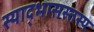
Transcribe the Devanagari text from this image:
स्याद्भासस्तस्य